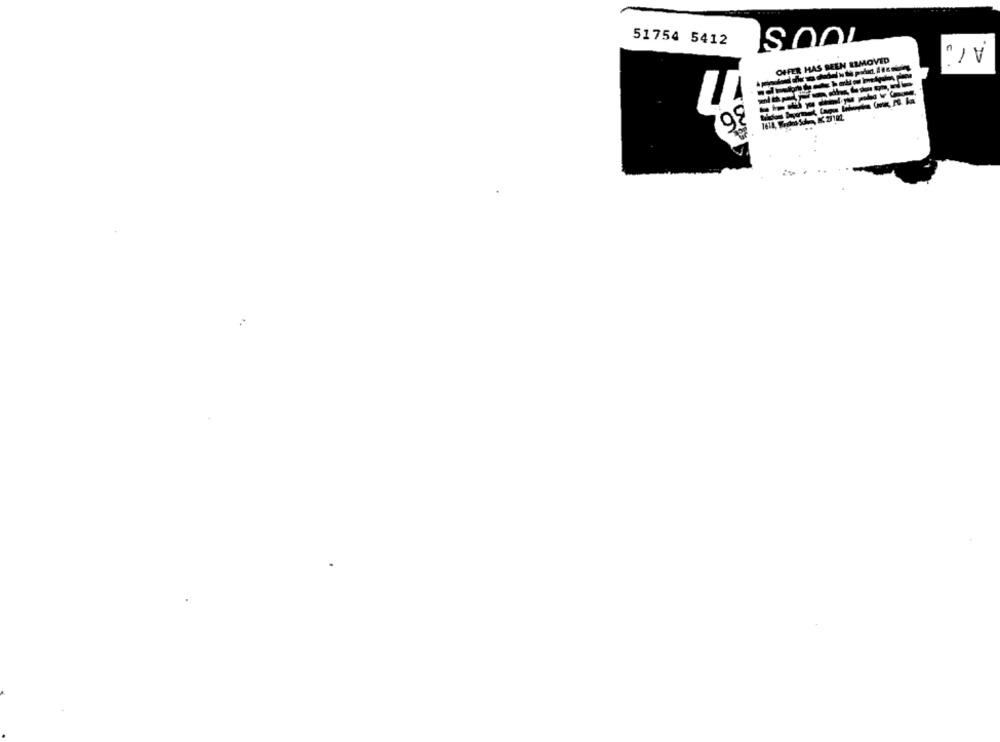
TOUS
51754 5412
N ELMOVED
36